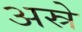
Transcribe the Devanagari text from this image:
अस्रे